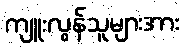
ကျူးလွန်သူများအား